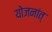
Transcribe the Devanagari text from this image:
योजनांत्‌